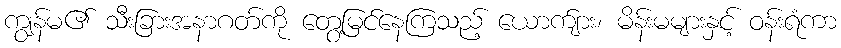
ကျွန်မ၏ သီးခြားအနာဂတ်ကို တွေ့မြင်နေကြသည့် ယောက်ျား၊ မိန်းမများနှင့် ဝန်းရံကာ